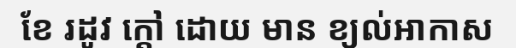
ខែ រដូវ ក្តៅ ដោយ មាន ខ្យល់អាកាស